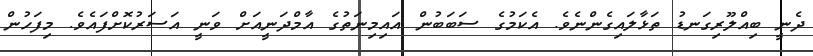
ދެނީ ބިއްލޫރިގަނޑު ތަޅާލައިގެންނެވެ. އެކަމުގެ ސަބަބުން އައިމިނަތުގެ އާމްދަނީއަށް ވަނީ އަސަރުކޮށްފައެވެ. މިފަހުން